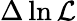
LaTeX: \Delta\ln{\cal L}